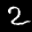
Label: 2